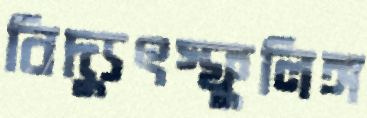
বিদ্যুৎস্ফুলিঙ্গ